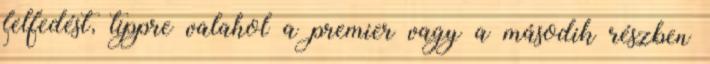
felfedést, tippre valahol a premier vagy a második részben